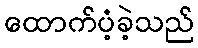
ထောက်ပံ့ခဲ့သည်